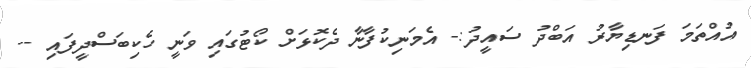
އުއްތަމަ ފަނޑިޔާރު އަބްދު ސައީދު:- އެމަނިކުފާނާ ދެކޮޅަށް ކޯޓުގައި ވަނީ ހެކިބަސްދީފައި --